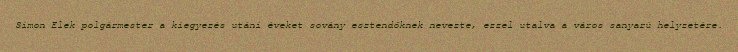
Simon Elek polgármester a kiegyezés utáni éveket sovány esztendőknek nevezte, ezzel utalva a város sanyarú helyzetére.